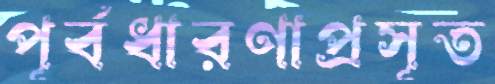
পূর্বধারণাপ্রসূত